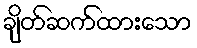
ချိတ်ဆက်ထားသော